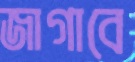
জাগাবে